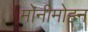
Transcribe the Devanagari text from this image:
मोनीमोहन